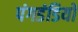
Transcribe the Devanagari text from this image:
पंगडंडियों